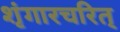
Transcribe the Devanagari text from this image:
शृंगारचरित्